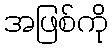
အဖြစ်ကို